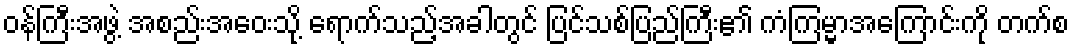
ဝန်ကြီးအဖွဲ့ အစည်းအဝေးသို့ ရောက်သည့်အခါတွင် ပြင်သစ်ပြည်ကြီး၏ ကံကြမ္မာအကြောင်းကို တက်စ